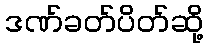
ဒဏ်ခတ်ပိတ်ဆို့